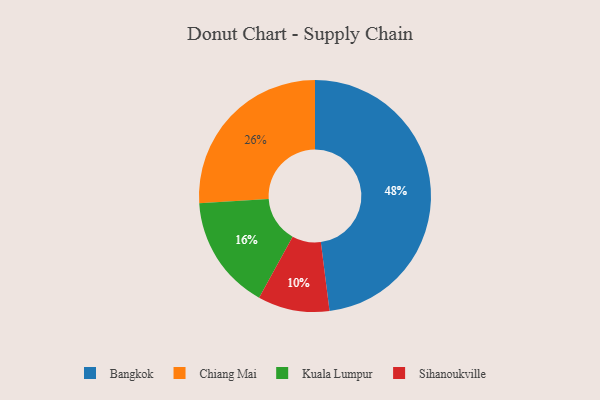
{"axis": {"x": "Category", "y": "Percentage"}, "legend": ["Bangkok", "Chiang Mai", "Kuala Lumpur", "Sihanoukville"], "data": [{"x": "Kuala Lumpur", "y": 16, "type": "Kuala Lumpur"}, {"x": "Sihanoukville", "y": 10, "type": "Sihanoukville"}, {"x": "Bangkok", "y": 48, "type": "Bangkok"}, {"x": "Chiang Mai", "y": 26, "type": "Chiang Mai"}]}